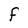
Character: F